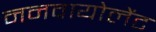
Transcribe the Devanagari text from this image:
ननवायोलेंट